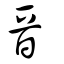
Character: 晉